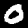
Digit: 0